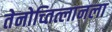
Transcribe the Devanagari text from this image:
तेनोच्तित्लानला